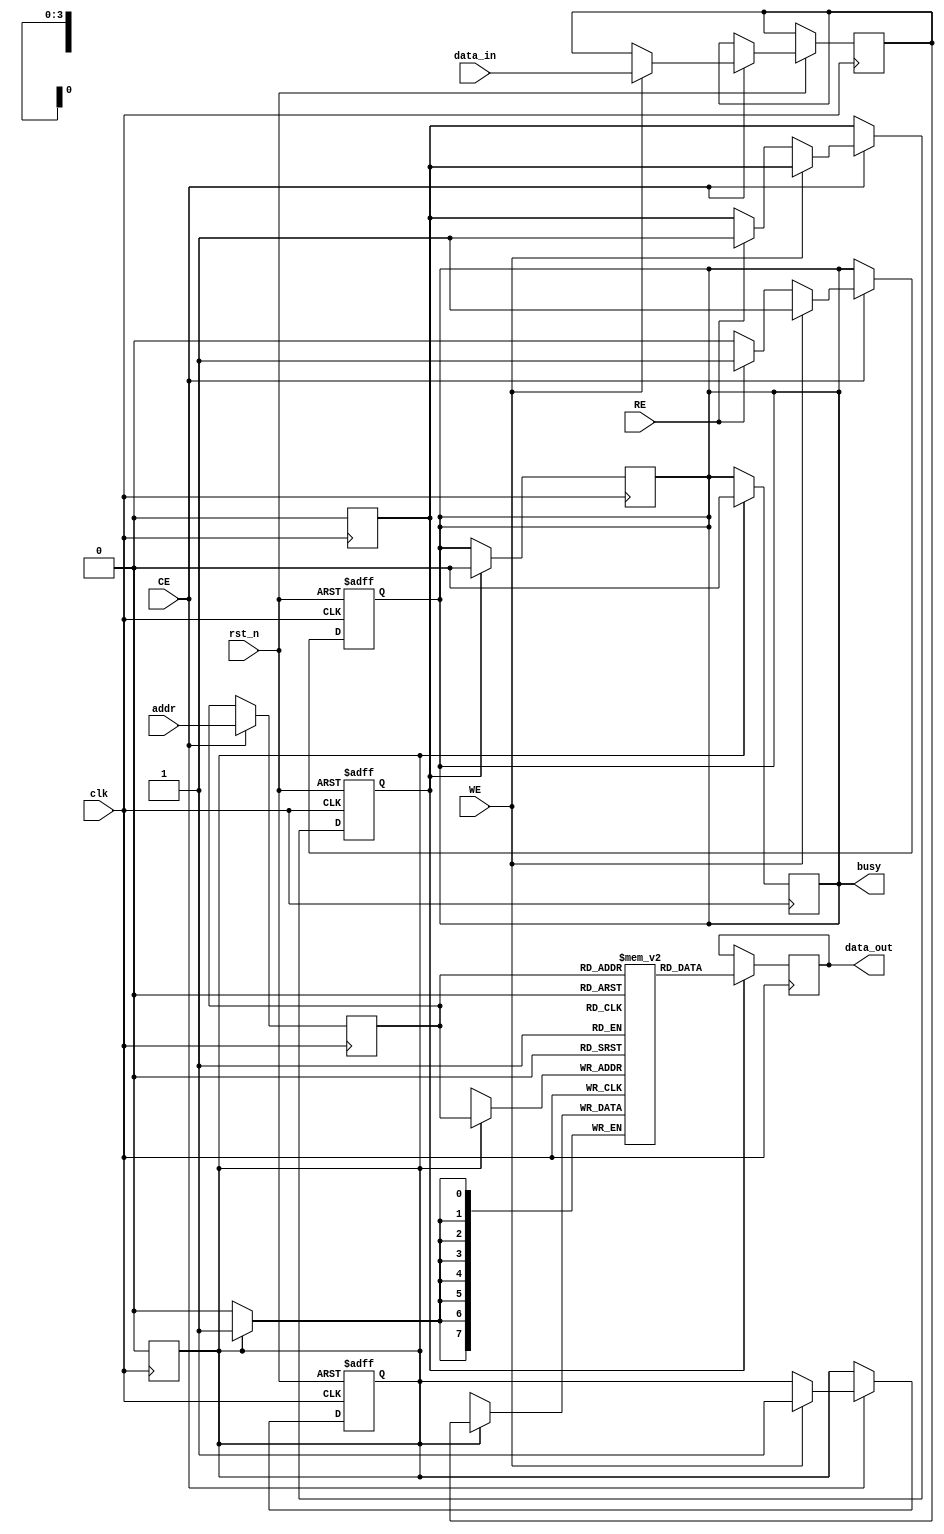
module FeRAM_IO (
    input wire clk,
    input wire rst_n,
    
    // Control Signals
    input wire CE,  // Chip Enable
    input wire WE,  // Write Enable
    input wire RE,  // Read Enable
    
    // Data Signals
    input wire [7:0] data_in,  // Data input
    output reg [7:0] data_out,  // Data output
    
    // Address Signals
    input wire [3:0] addr,  // Address (4-bit for simplicity)
    
    // Status Signals
    output reg busy  // Busy signal
);

// Internal signals
reg [7:0] data_buffer;  // Data input buffer
reg [7:0] mem_array [0:15]; // Memory array (16x8 bits for simplicity)
reg [3:0] selected_addr; // Address decoder output
reg write_enable; // Internal write enable signal
reg read_enable; // Internal read enable signal

// Control Signal Interface
always @(posedge clk or negedge rst_n) begin
    if (!rst_n) begin
        busy <= 0;
        write_enable <= 0;
        read_enable <= 0;
    end else begin
        if (CE) begin
            if (WE) begin
                // Latch data into buffer
                data_buffer <= data_in;
                write_enable <= 1; // Set write enable
                busy <= 1; // Set busy
            end else if (RE) begin
                read_enable <= 1; // Set read enable
                busy <= 1; // Set busy
            end else begin
                busy <= 0; // Not busy if neither WE nor RE
            end
        end
    end
end

// Address Decoder
always @(posedge clk) begin
    if (CE) begin
        selected_addr <= addr; // Decode address
    end
end

// Write Driver
always @(posedge clk) begin
    if (write_enable) begin
        mem_array[selected_addr] <= data_buffer; // Write data to memory
        write_enable <= 0; // Clear write enable after operation
        busy <= 0; // Clear busy
    end
end

// Read Sense Amplifier
always @(posedge clk) begin
    if (read_enable) begin
        data_out <= mem_array[selected_addr]; // Read data from memory
        read_enable <= 0; // Clear read enable after operation
        busy <= 0; // Clear busy
    end
end

// Timing Control Logic (simplified)
always @(posedge clk or negedge rst_n) begin
    if (!rst_n) begin
        // Reset logic if needed
    end else begin
        // Additional timing control can be added here
    end
end

endmodule